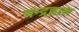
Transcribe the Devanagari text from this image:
चन्द्रह्रास